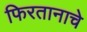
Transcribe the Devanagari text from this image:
फिरतानाचे